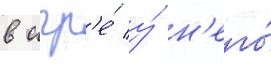
в игр'е́ у́ н'его́